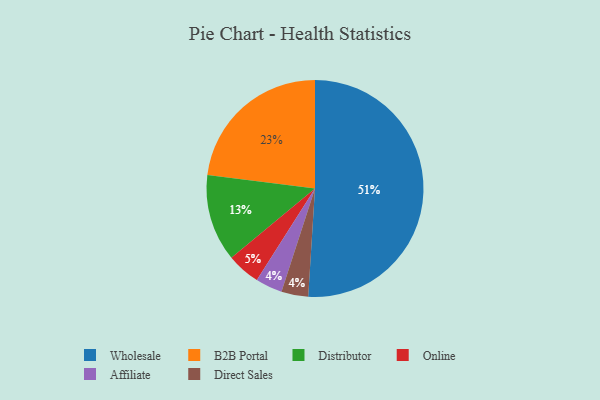
{"axis": {"x": "Category", "y": "Percentage"}, "legend": ["Affiliate", "B2B Portal", "Direct Sales", "Distributor", "Online", "Wholesale"], "data": [{"x": "Distributor", "y": 13, "type": "Distributor"}, {"x": "Wholesale", "y": 51, "type": "Wholesale"}, {"x": "Affiliate", "y": 4, "type": "Affiliate"}, {"x": "Online", "y": 5, "type": "Online"}, {"x": "B2B Portal", "y": 23, "type": "B2B Portal"}, {"x": "Direct Sales", "y": 4, "type": "Direct Sales"}]}